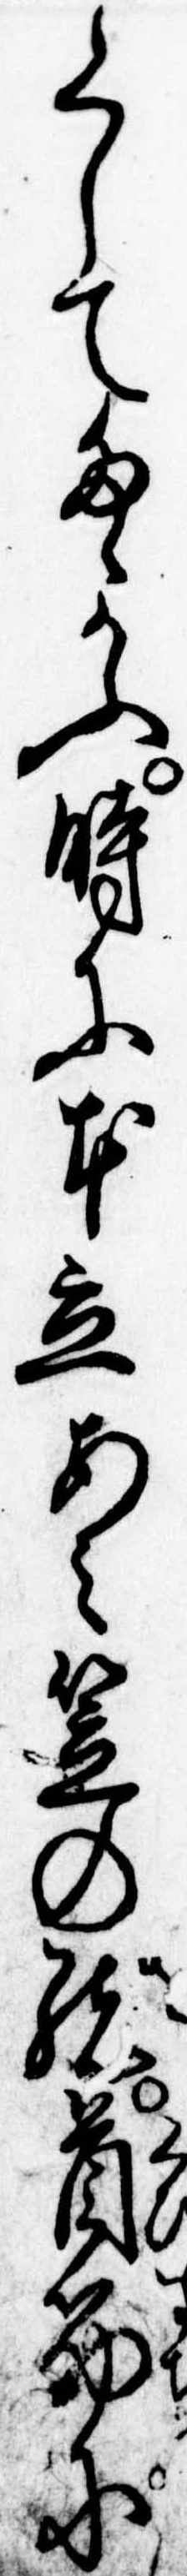
くしてたゝかふ時に本立あみ笠の緒首筋に